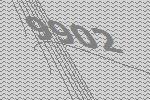
9902